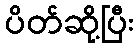
ပိတ်ဆို့ပြီး